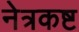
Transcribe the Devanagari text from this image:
नेत्रकष्ट